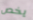
يخص